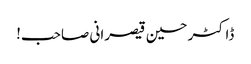
ڈاکٹر حسین قیصرانی صاحب!